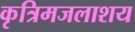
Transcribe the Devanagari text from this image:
कृत्रिमजलाशय